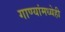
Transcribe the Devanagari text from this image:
गाण्यांमध्येही